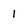
Character: 1